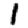
Digit: 1